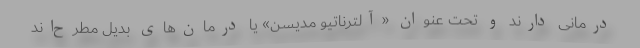
درمانی دارند و تحت عنوان «آلترناتیو مدیسن» یا درمان‌های بدیل مطرح‌اند